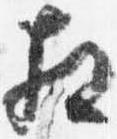
相